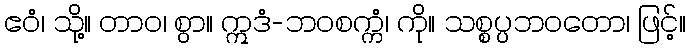
ဧဝံ၊ သို့။ တာဝ၊ စွာ။ ဣဒံ-ဘဝစက္ကံ၊ ကို။ သစ္စပ္ပဘဝတော၊ ဖြင့်။